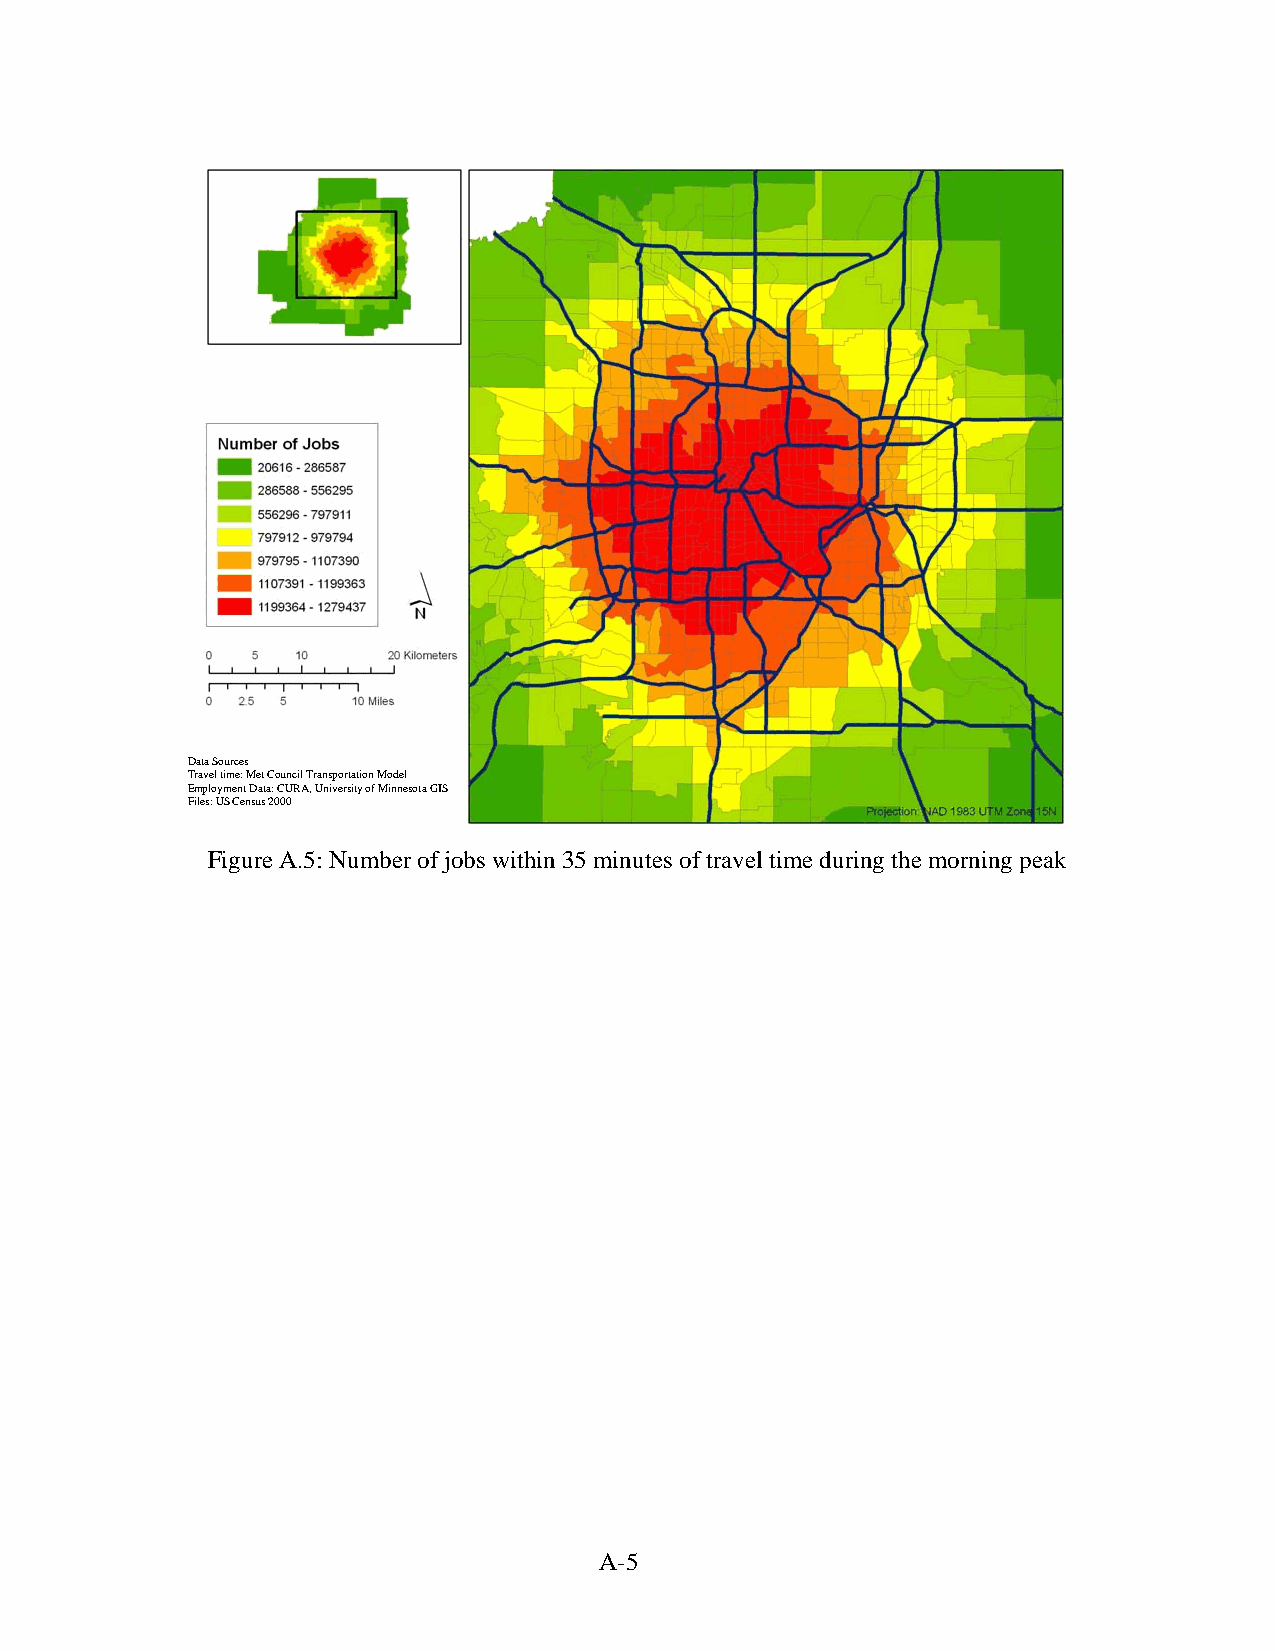
Data Sources
 Travel time: Met Council Transportation Model
 Employment Data: CURA, University of Minnesota GIS
 Files: US Census 2000
 Figure A.5: Number of jobs within 35 minutes of travel time during the morning peak
 A-5